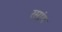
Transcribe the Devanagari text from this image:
रसांग